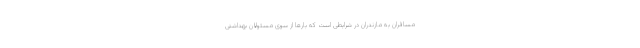
مسافران به مازندران در شرایطی است که بارها از سوی مسئولان بهداشتی